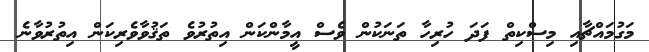
މަގުމައްޗާއި މިސްކިތް ފަދަ ހުރިހާ ތަނަކުން ވެސް އީމާންކަން އިތުރުވެ ތަޤުވާވެރިކަން އިތުރުވާނެ